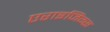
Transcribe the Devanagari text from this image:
एराइजिंग्स